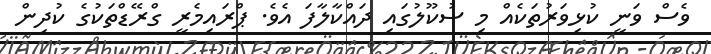
ވެސް ވަނީ ކުޅިވަރުތަކެއް މި ސުކޫލުގައި ދައްކާލާފަ އެވެ. ޕްރައިމެރީ ގްރޭޑްތަކުގެ ކުދިން